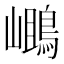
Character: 𪂓